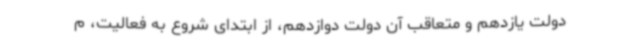
دولت یازدهم و متعاقب آن دولت دوازدهم، از ابتدای شروع به فعالیت، م